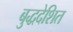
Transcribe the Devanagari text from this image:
बुद्धदेशित